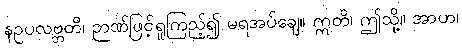
နဥပလဗ္ဘတိ၊ ဉာဏ်ဖြင့်ရှုကြည့်၍ မရအပ်ချေ။ ဣတိ၊ ဤသို့။ အာဟ၊